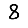
Digit: 8